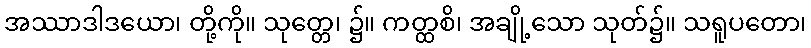
အဿာဒါဒယော၊ တို့ကို။ သုတ္တေ၊ ၌။ ကတ္ထစိ၊ အချို့သော သုတ်၌။ သရူပတော၊